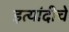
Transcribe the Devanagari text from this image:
इत्यांदीचे